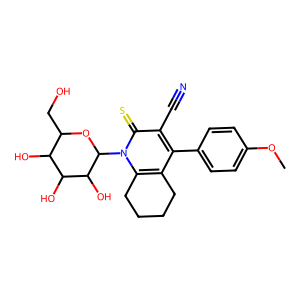
SMILES: COc1ccc(-c2c3c(n(C4OC(CO)C(O)C(O)C4O)c(=S)c2C#N)CCCC3)cc1
Inhibits HIV replication: No